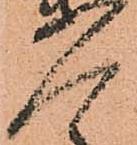
人